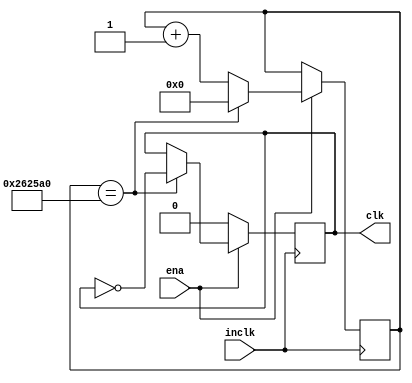
module clock_divider(inclk,ena,clk);

	parameter maxcount=24'd2500000;// input 10MHz clock and output 1Hz clk
	
	input inclk;
	input ena;
	output reg clk=1;
	
	reg [23:0] count=24'd0;
	
	always @ (posedge inclk )
		begin
		if (ena) 
			begin
				if (count==maxcount)
					begin 
					clk=~clk;
					count=24'd0;
					end
				else 
					begin
					count=count+1;
					end
			end
		else 
			begin 
			clk=0; 
			end
		end
		
endmodule